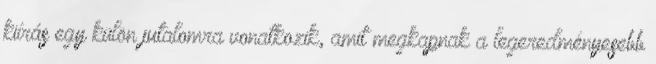
kiírás egy külön jutalomra vonatkozik, amit megkapnak a legeredményesebb